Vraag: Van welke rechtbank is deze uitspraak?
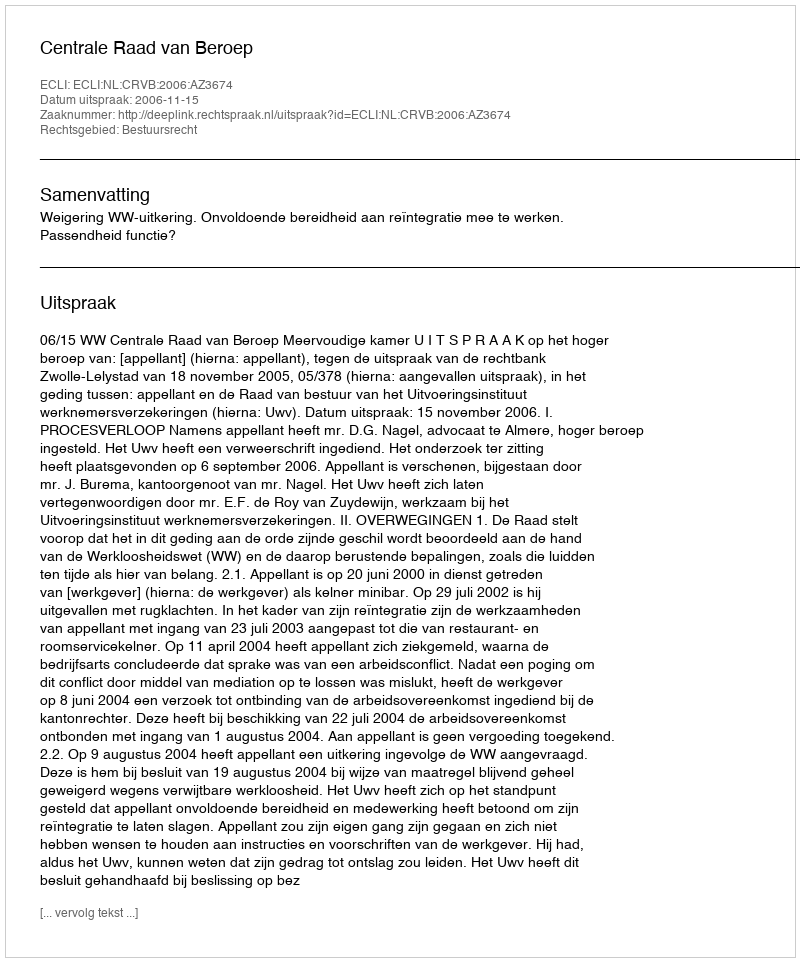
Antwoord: Centrale Raad van Beroep